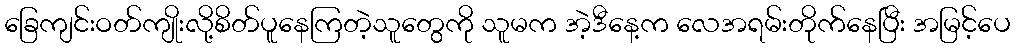
ခြေကျင်းဝတ်ကျိုးလို့စိတ်ပူနေကြတဲ့သူတွေကို သူမက အဲ့ဒီနေ့က လေအရမ်းတိုက်နေပြီး အမြင့်ပေ